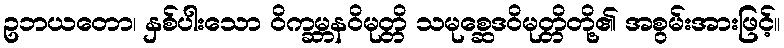
ဥဘယတော၊ နှစ်ပါးသော ဝိက္ခမ္ဘနဝိမုတ္တိ သမုစ္ဆေဒဝိမုတ္တိတို့၏ အစွမ်းအားဖြင့်။